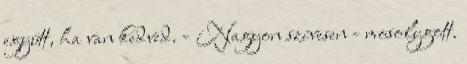
együtt, ha van kedved. - Nagyon szívesen - mosolygott.